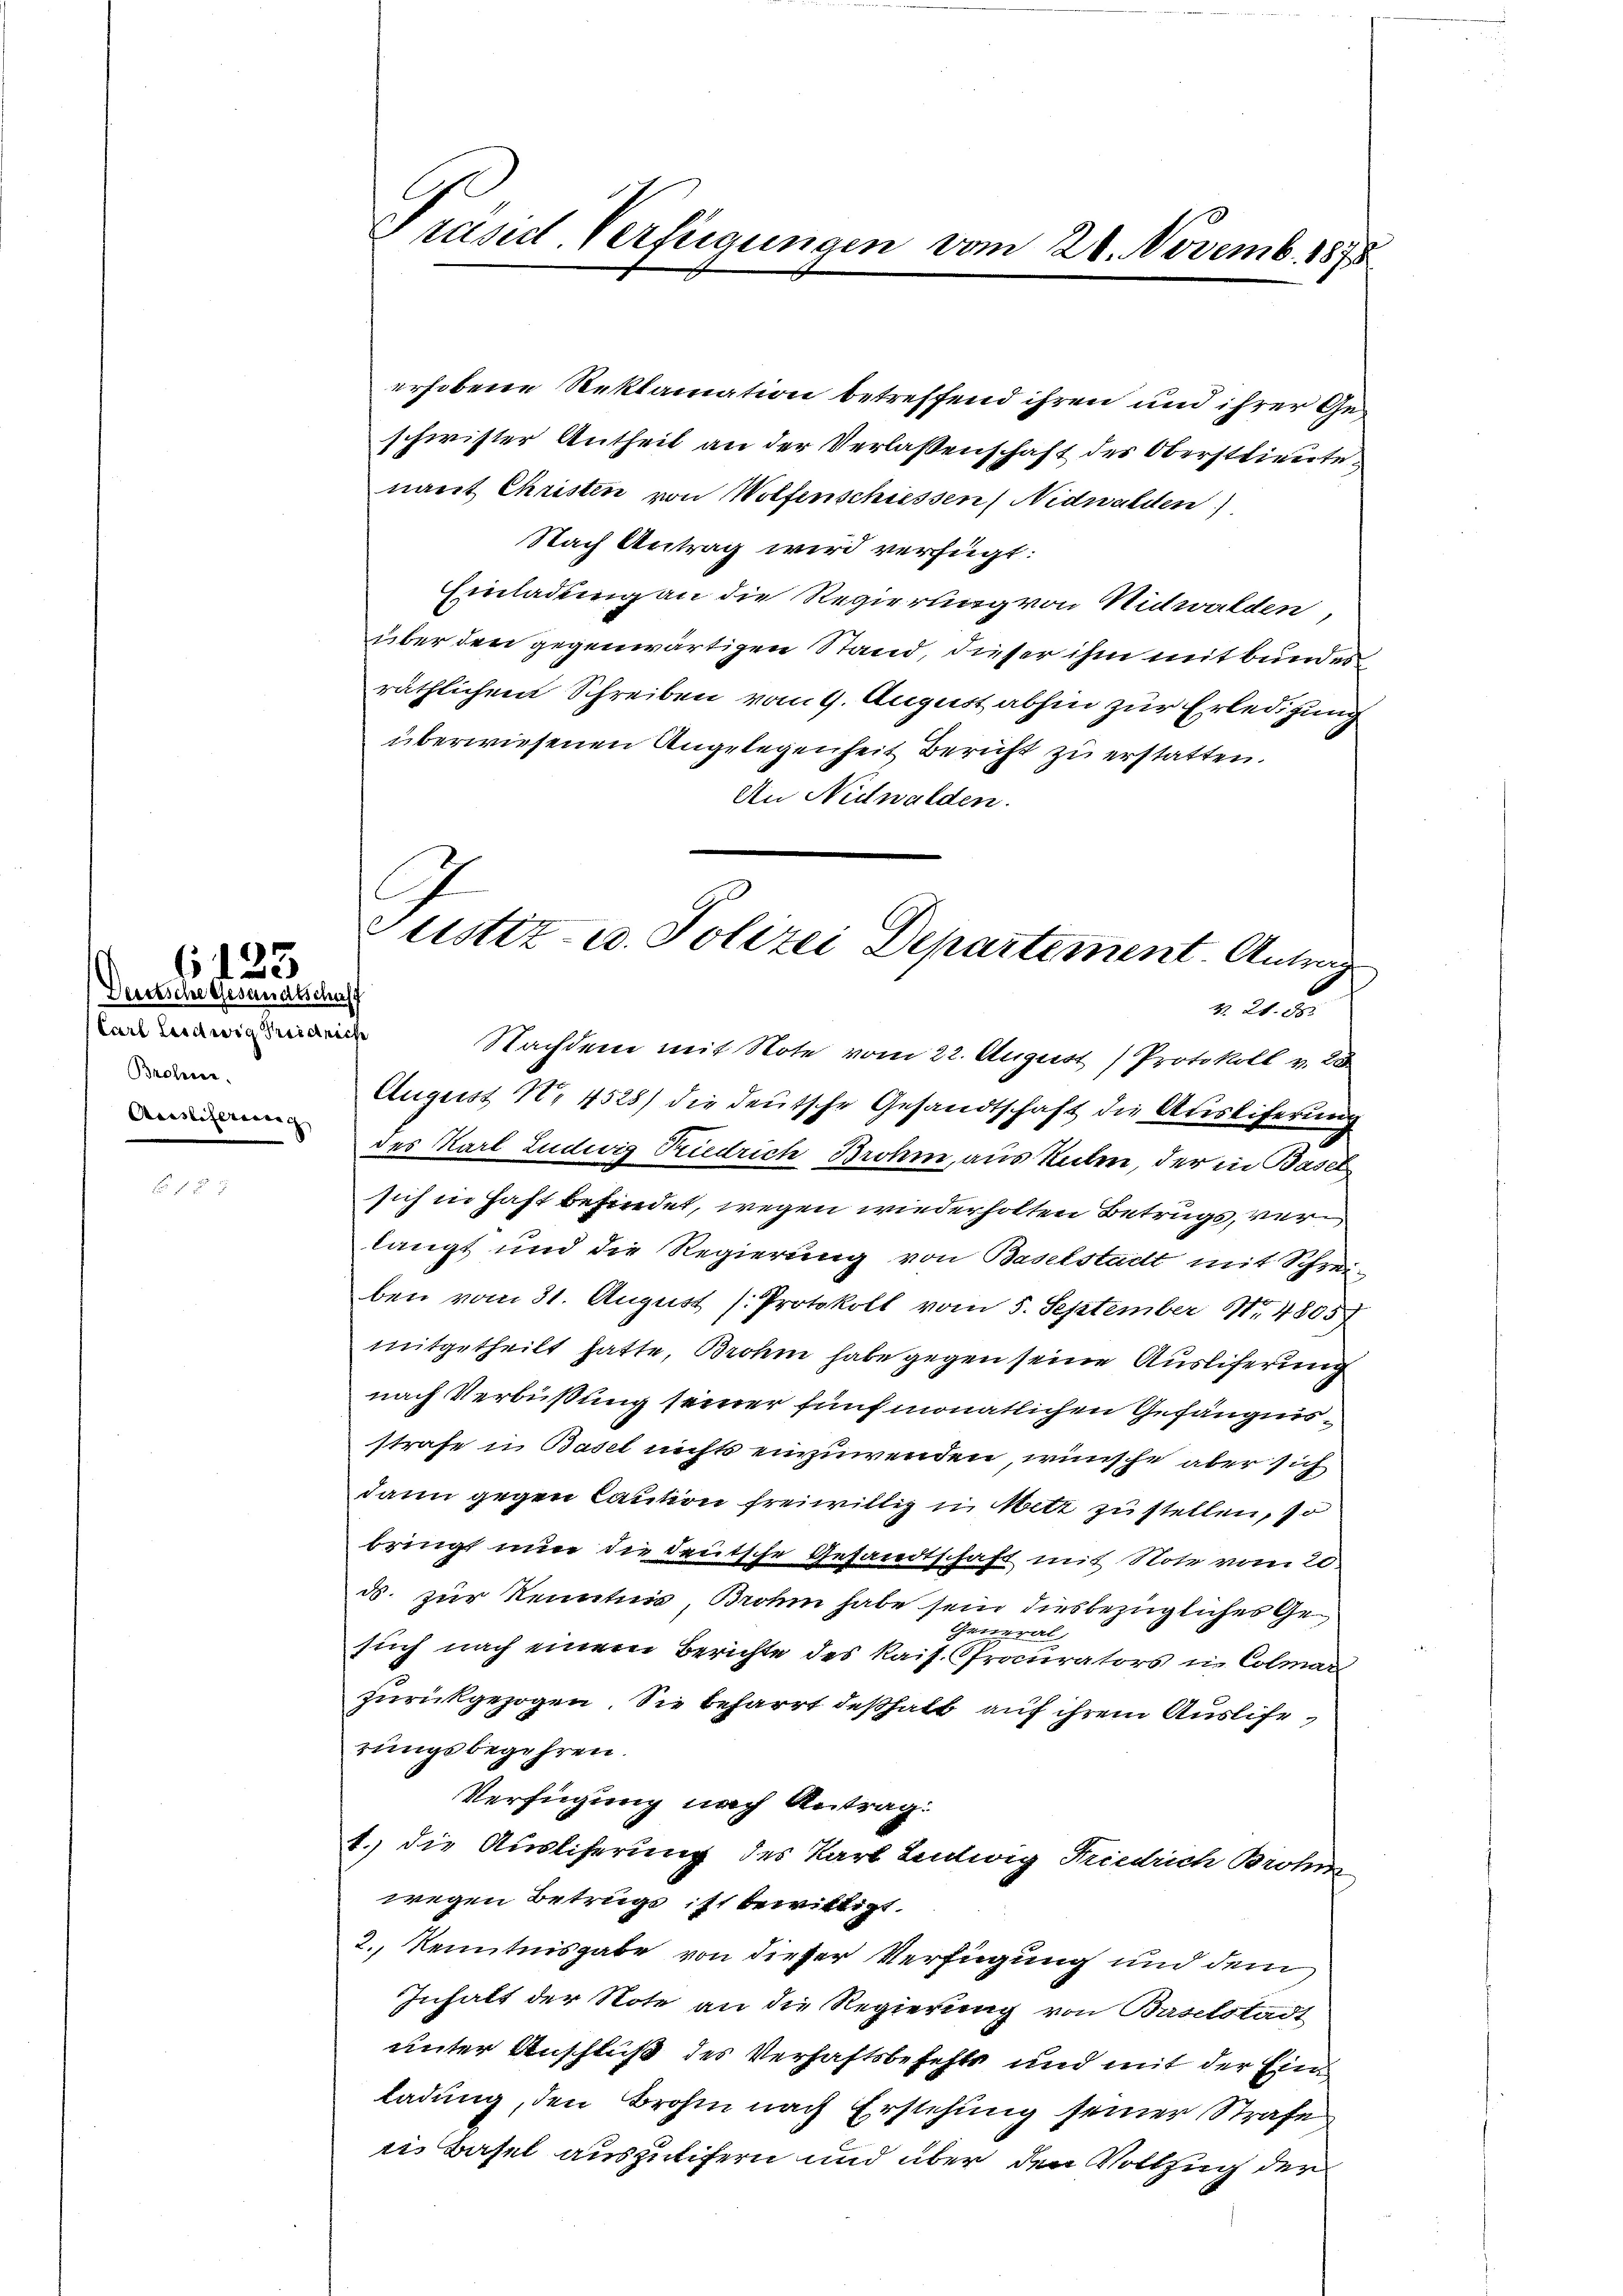
Deutsche Gesandtschaft
Carl Ludwig Kreidreche
Brohen.
Auslieferung

(123

erhobene Reklamation betreffend ihren und ihrer Geschwister Antheil an der Verlassenschaft des Oberstlieute
nant Christen von Wolfenschiessen Nidwalden)
Nach Antrag wird verfügt:
Einladung an die Regierung von Nidwalden,
über den gegenwärtigen Stand, dieser ihm mit bundes
räthlichem Schreiben vom 9. August abhin zur Erledigung
überwiesenen Angelegenheit Bericht zu erstatten.
An Nidwalden.
Nachdem mit Note vom 22. August Protokoll v. 28
August No 4528) die deutsche Gesandtschaft die Ausliferung
des Karl Ludwig Friedrich Brohm, aus Unter, der in Basel
sich in Haft befindet, wegen wiederholten Betrugs, verlangt und die Regierung von Baselstadt mit Schrei-
ben vom 31. August [Protokoll vom 5. September 14805)
mitgetheilt hatte, Brohm habe gegen seine Ausliferung
nach Verbüßung seiner fünf monatlichen Gefängnisstrafe in Basel nichts einzuwenden, wünsche aber sich
dann gegen Caution freiwillig in Metz zu stellen, so
bringt nun die deutsche Gesandtschaft mit Note vom 20.
ds. zur Kenntnis, Brohm habe sein diesbezügliches Ge¬
General-
such nach einem Berichte des Kais. Procurators in Colmar
zurückgezogen. Sie beharrt deßhalb auf ihrem Auslierungsbegehren.
Verfügung nach Antrag:
1. die Ausliferung des Karl Ludwig Friedrich Brohm
wegen Betrugs ist bewilligt.
2., Kenntnisgabe von dieser Verfügung und dem
Inhalt der Note an die Regierung von Baselstadt
unter Anschluß des Verhaftsbefehls und mit der Einladung, den Brohn nach Erstehung seiner Strafe
ii Basel auszulifern und über den Vollzug der

Präsid. Verfügungen vom 28. Novemb. 1875

ustiz- u. Polizei Departement. Antrag
v. 21. ds.